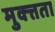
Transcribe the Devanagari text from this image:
मुक्त्तता